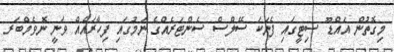
މިގޮތުން އައްޑޫ ސިޓީގައި ފެނަކަ ސޭލްސް ސެންޓަރެއްގެ ނަމުގައި ފިހާރައެއް ވަނީ ނޮވެމްބަރ